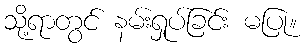
သို့ရာတွင် နမ်းရှုပ်ခြင်း မပြု။